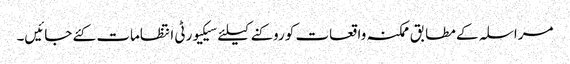
مراسلہ کے مطابق ممکنہ واقعات کو روکنے کیلئے سیکیورٹی انتظامات کئے جائیں۔